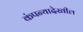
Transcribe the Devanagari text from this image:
कंपन्यादेखील